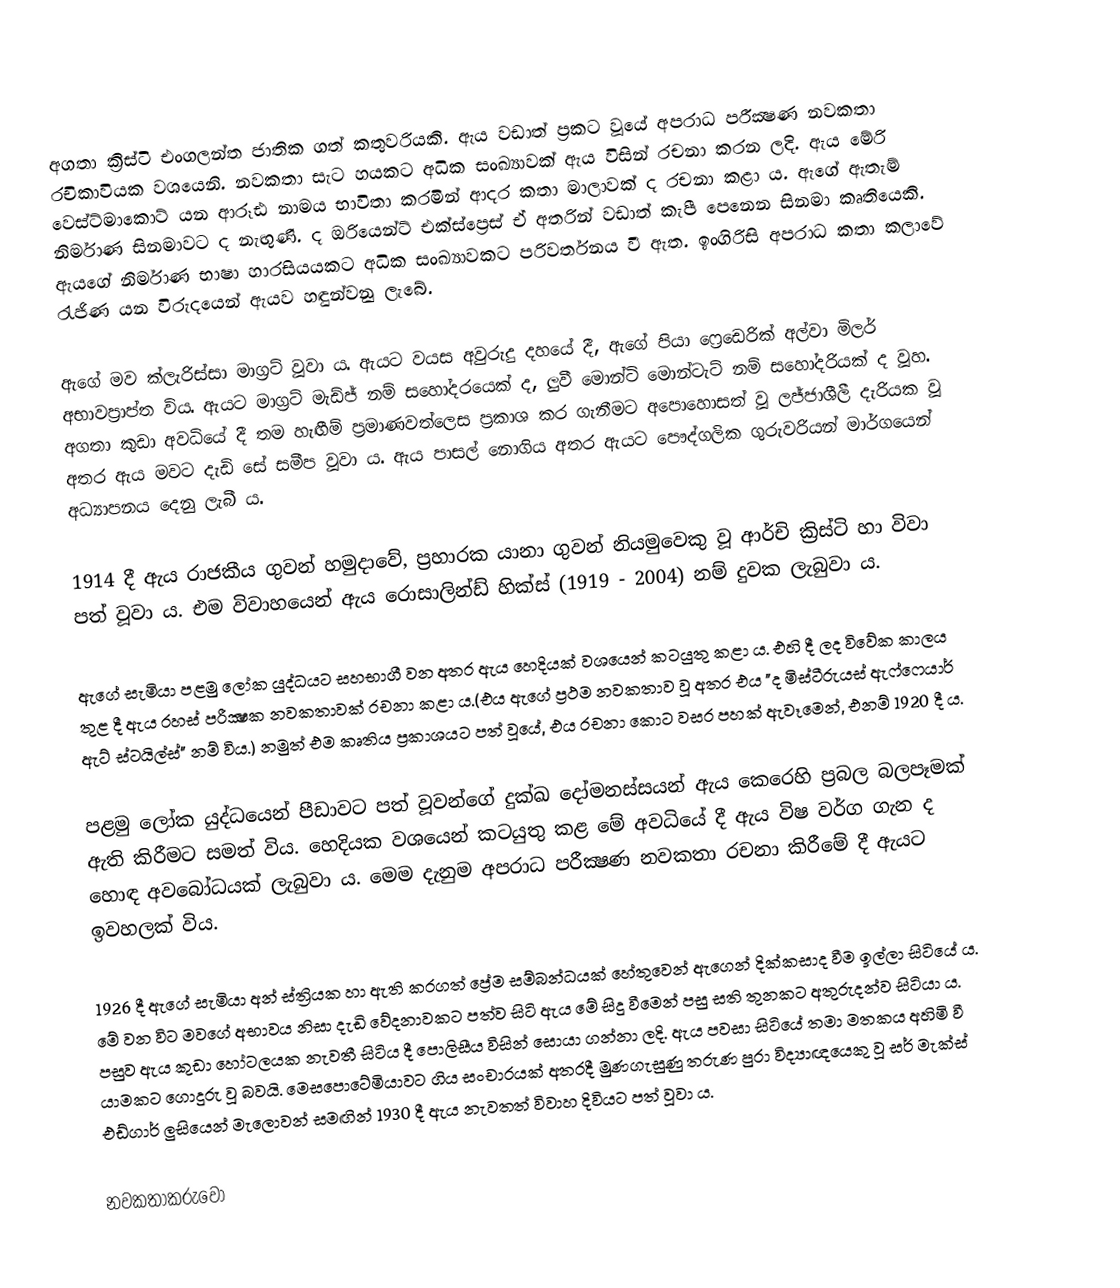
අගතා ක්‍රිස්ටි එංගලන්ත ජාතික ගත් කතුවරියකි. ඇය වඩාත් ප්‍රකට වූයේ අපරාධ පරීක්‍ෂණ නවකතා රචිකාවියක වශයෙනි. නවකතා සැට හයකට අධික සංඛ්‍යාවක් ඇය විසින් රචනා කරන ලදි. ඇය මේරි වෙස්ට්මාකොට් යන ආරූඪ නාමය භාවිතා කරමින් ආදර කතා මාලාවක් ද රචනා කළා ය​. ඇගේ ඇතැම් නිර්මාණ සිනමාවට ද නැඟුණි. ද ඔරියෙන්ට් එක්ස්ප්‍රෙස් ඒ අතරින් වඩාත් කැපී පෙනෙන සිනමා කෘතියෙකි. ඇයගේ නිර්මාණ භාෂා හාරසියයකට අධික සංඛ්‍යාවකට පරිවර්තනය වී ඇත​. ඉංගිරිසි අපරාධ කතා කලාවේ රැජිණ යන විරුදයෙන් ඇයව හඳුන්වනු ලැබේ.

ඇගේ මව ක්ලැරිස්සා මාග්‍රට් වූවා ය​. ඇයට වයස අවුරුදු දහයේ දී, ඇගේ පියා ෆ්‍රෙඩෙරික් අල්වා මිලර් අභාවප්‍රාප්ත විය​. ඇයට මාග්‍රට් මැඩ්ජ් නම් සහෝදරයෙක් ද​, ලුවී මොන්ටි මොන්ටැට් නම් සහෝදරියක් ද වූහ​.  අගතා කුඩා අවධියේ දී තම හැඟීම් ප්‍රමාණවත්ලෙස ප්‍රකාශ කර ගැනීමට අපොහොසත් වූ ලජ්ජාශීලී දැරියක වූ අතර ඇය මවට දැඩි සේ සමීප වූවා ය​. ඇය පාසල් නොගිය අතර ඇයට පෞද්ගලික ගුරුවරියන් මාර්ගයෙන් අධ්‍යාපනය දෙනු ලැබී ය​.

1914 දී ඇය රාජකීය ගුවන් හමුදාවේ, ප්‍රහාරක යානා ගුවන් නියමුවෙකු වූ ආර්චි ක්‍රිස්ටි හා විවා පත් වූවා ය​. එම විවාහයෙන් ඇය රොසාලින්ඩ් හික්ස් (1919 - 2004) නම් දුවක ලැබුවා ය​.

ඇගේ සැමියා පළමු ලෝක යුද්ධයට සහභාගී වන අතර ඇය හෙදියක් වශයෙන් කටයුතු කළා ය​. එහි දී ලද විවේක කාලය තුළ දී ඇය රහස් පරීක්‍ෂක නවකතාවක් රචනා කළා ය​.(එය ඇගේ ප්‍රථම නවකතාව වූ අතර එය "ද මිස්ටීරුයස් ඇෆ්ෆෙයාර් ඇට් ස්ටයිල්ස්" නම් විය​.) නමුත් එම කෘතිය ප්‍රකාශයට පත් වූයේ, එය රචනා කොට වසර පහක් ඇවෑමෙන්, එනම් 1920 දී ය​.

පළමු ලෝක යුද්ධයෙන් පීඩාවට පත් වූවන්ගේ දුක්ඛ දෝමනස්සයන් ඇය කෙරෙහි ප්‍රබල බලපෑමක් ඇති කිරීමට සමත් විය​. හෙදියක වශයෙන් කටයුතු කළ මේ අවධියේ දී ඇය විෂ වර්ග ගැන ද හොඳ අවබෝධයක් ලැබුවා ය​. මෙම දැනුම අපරාධ පරීක්‍ෂණ නවකතා රචනා කිරීමේ දී ඇයට ඉවහලක් විය​.

1926 දී ඇගේ සැමියා අන් ස්ත්‍රියක හා ඇති කරගත්  ප්‍රේම සම්බන්ධයක් හේතුවෙන් ඇගෙන් දික්කසාද වීම ඉල්ලා සිටියේ ය​. මේ වන විට මවගේ අභාවය නිසා දැඩි වේදනාවකට පත්ව සිටි ඇය මේ සිදු වීමෙන් පසු සති තුනකට අතුරුදන්ව සිටියා ය​. පසුව ඇය කුඩා හෝටලයක නැවතී සිටිය දී පොලිසීය විසින් සොයා ගන්නා ලදි. ඇය පවසා සිටියේ තමා මතකය අහිමි වී යාමකට ගොදුරු වූ බවයි. මෙසපොටේමියාවට ගිය සංචාරයක් අතරදී මුණගැසුණු තරුණ පුරා විද්‍යාඥයෙකු වූ සර් මැක්ස් එඩ්ගාර් ලුසියෙන් මැලොවන් සමඟින් 1930 දී ඇය නැවතත් විවාහ දිවියට පත් වූවා ය​.

නවකතාකරුවෝ